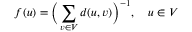
f ( u ) = \Big ( \sum _ { v \in V } d ( u , v ) \Big ) ^ { - 1 } , \quad u \in V